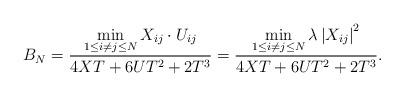
LaTeX: \begin{align*} B_N = \frac {\displaystyle \min_{1\leq i \neq j \leq N}X_{ij}\cdot U_{ij}} {4XT + 6UT^2 + 2T^3} = \frac {\displaystyle \min_{1\leq i \neq j \leq N}\lambda \left|X_{ij}\right|^2} {4XT + 6UT^2 + 2T^3}.\end{align*}